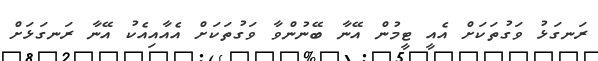
ރަނގަޅު ވަގުތަކަށް އެއީ ޓީމުން އޭނާ ބޭނުންވާ ވަގުތަކަށް އެއާއިއެކު އޭނާ ރަނގަޅަށް